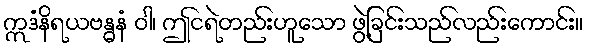
ဣဒံနိရယဗန္ဓနံ ဝါ၊ ဤငရဲတည်းဟူသော ဖွဲ့ခြင်းသည်လည်းကောင်း။